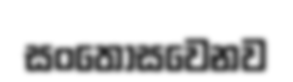
සංතෝසවෙනව